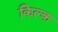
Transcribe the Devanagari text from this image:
किल्क